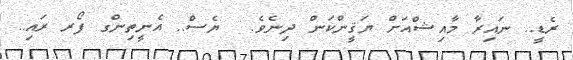
ރެޑީ.. ނައިރާ މާއިޝްއަށް ޔަޤީންކަން ދިނެވެ.  ޔެސް.. އެނީތިންގ ފޯރ ރައި..